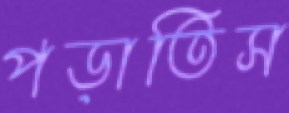
পড়াতিস